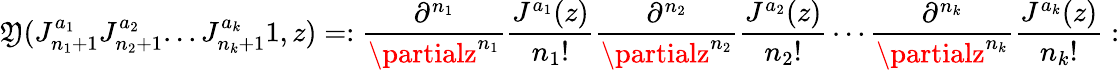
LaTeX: \mathfrak{Y}(J_{n_{1}+1}^{a_{1}}J_{n_{2}+1}^{a_{2}}...J_{n_{k}+1}^{a_{k}}1,z)=:{\frac{{\partial^{n_{1}}}}{{\partialz^{n_{1}}}}}{\frac{{J^{a_{1}}(z)}}{{n_{1}!}}}{\frac{{\partial^{n_{2}}}}{{\partialz^{n_{2}}}}}{\frac{{J^{a_{2}}(z)}}{{n_{2}!}}}\cdots{\frac{{\partial^{n_{k}}}}{{\partialz^{n_{k}}}}}{\frac{{J^{a_{k}}(z)}}{{n_{k}!}}}: